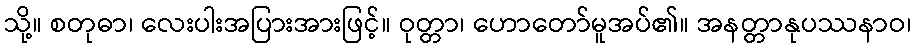
သို့။ စတုဓာ၊ လေးပါးအပြားအားဖြင့်။ ဝုတ္တာ၊ ဟောတော်မူအပ်၏။ အနတ္တာနုပဿနာဝ၊